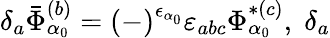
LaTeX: \delta_{a}\bar{\Phi}_{\alpha_{0}}^{(b)}=\left(-\right)^{\epsilon_{\alpha_{0}}}\varepsilon_{abc}\Phi_{\alpha_{0}}^{*(c)},\; \delta_{a}